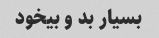
بسیار بد و بیخود